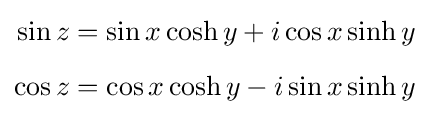
{\begin{aligned}\sin z&=\sin x\cosh y+i\cos x\sinh y\\[5pt]\cos z&=\cos x\cosh y-i\sin x\sinh y\end{aligned}}